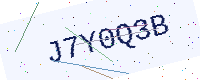
Text: J7Y0Q3B